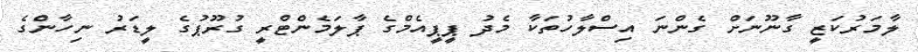
ލާމަރުކަޒީ ގާނޫނަށް ގެންނަ އިސްލާހުތަކާ މެދު ޕީޕީއެމްގެ ޕާލަމެންޓްރީ ގުރޫޕުގެ ލީޑަރު ނިހާންގެ